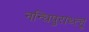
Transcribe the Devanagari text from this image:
नन्धिपुराथ्त्हू